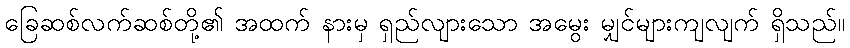
ခြေဆစ်လက်ဆစ်တို့၏ အထက် နားမှ ရှည်လျားသော အမွေး မျှင်များကျလျက် ရှိသည်။